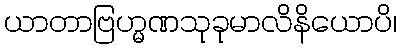
ယာတာဗြဟ္မဏသုခုမာလိနိယောပိ၊